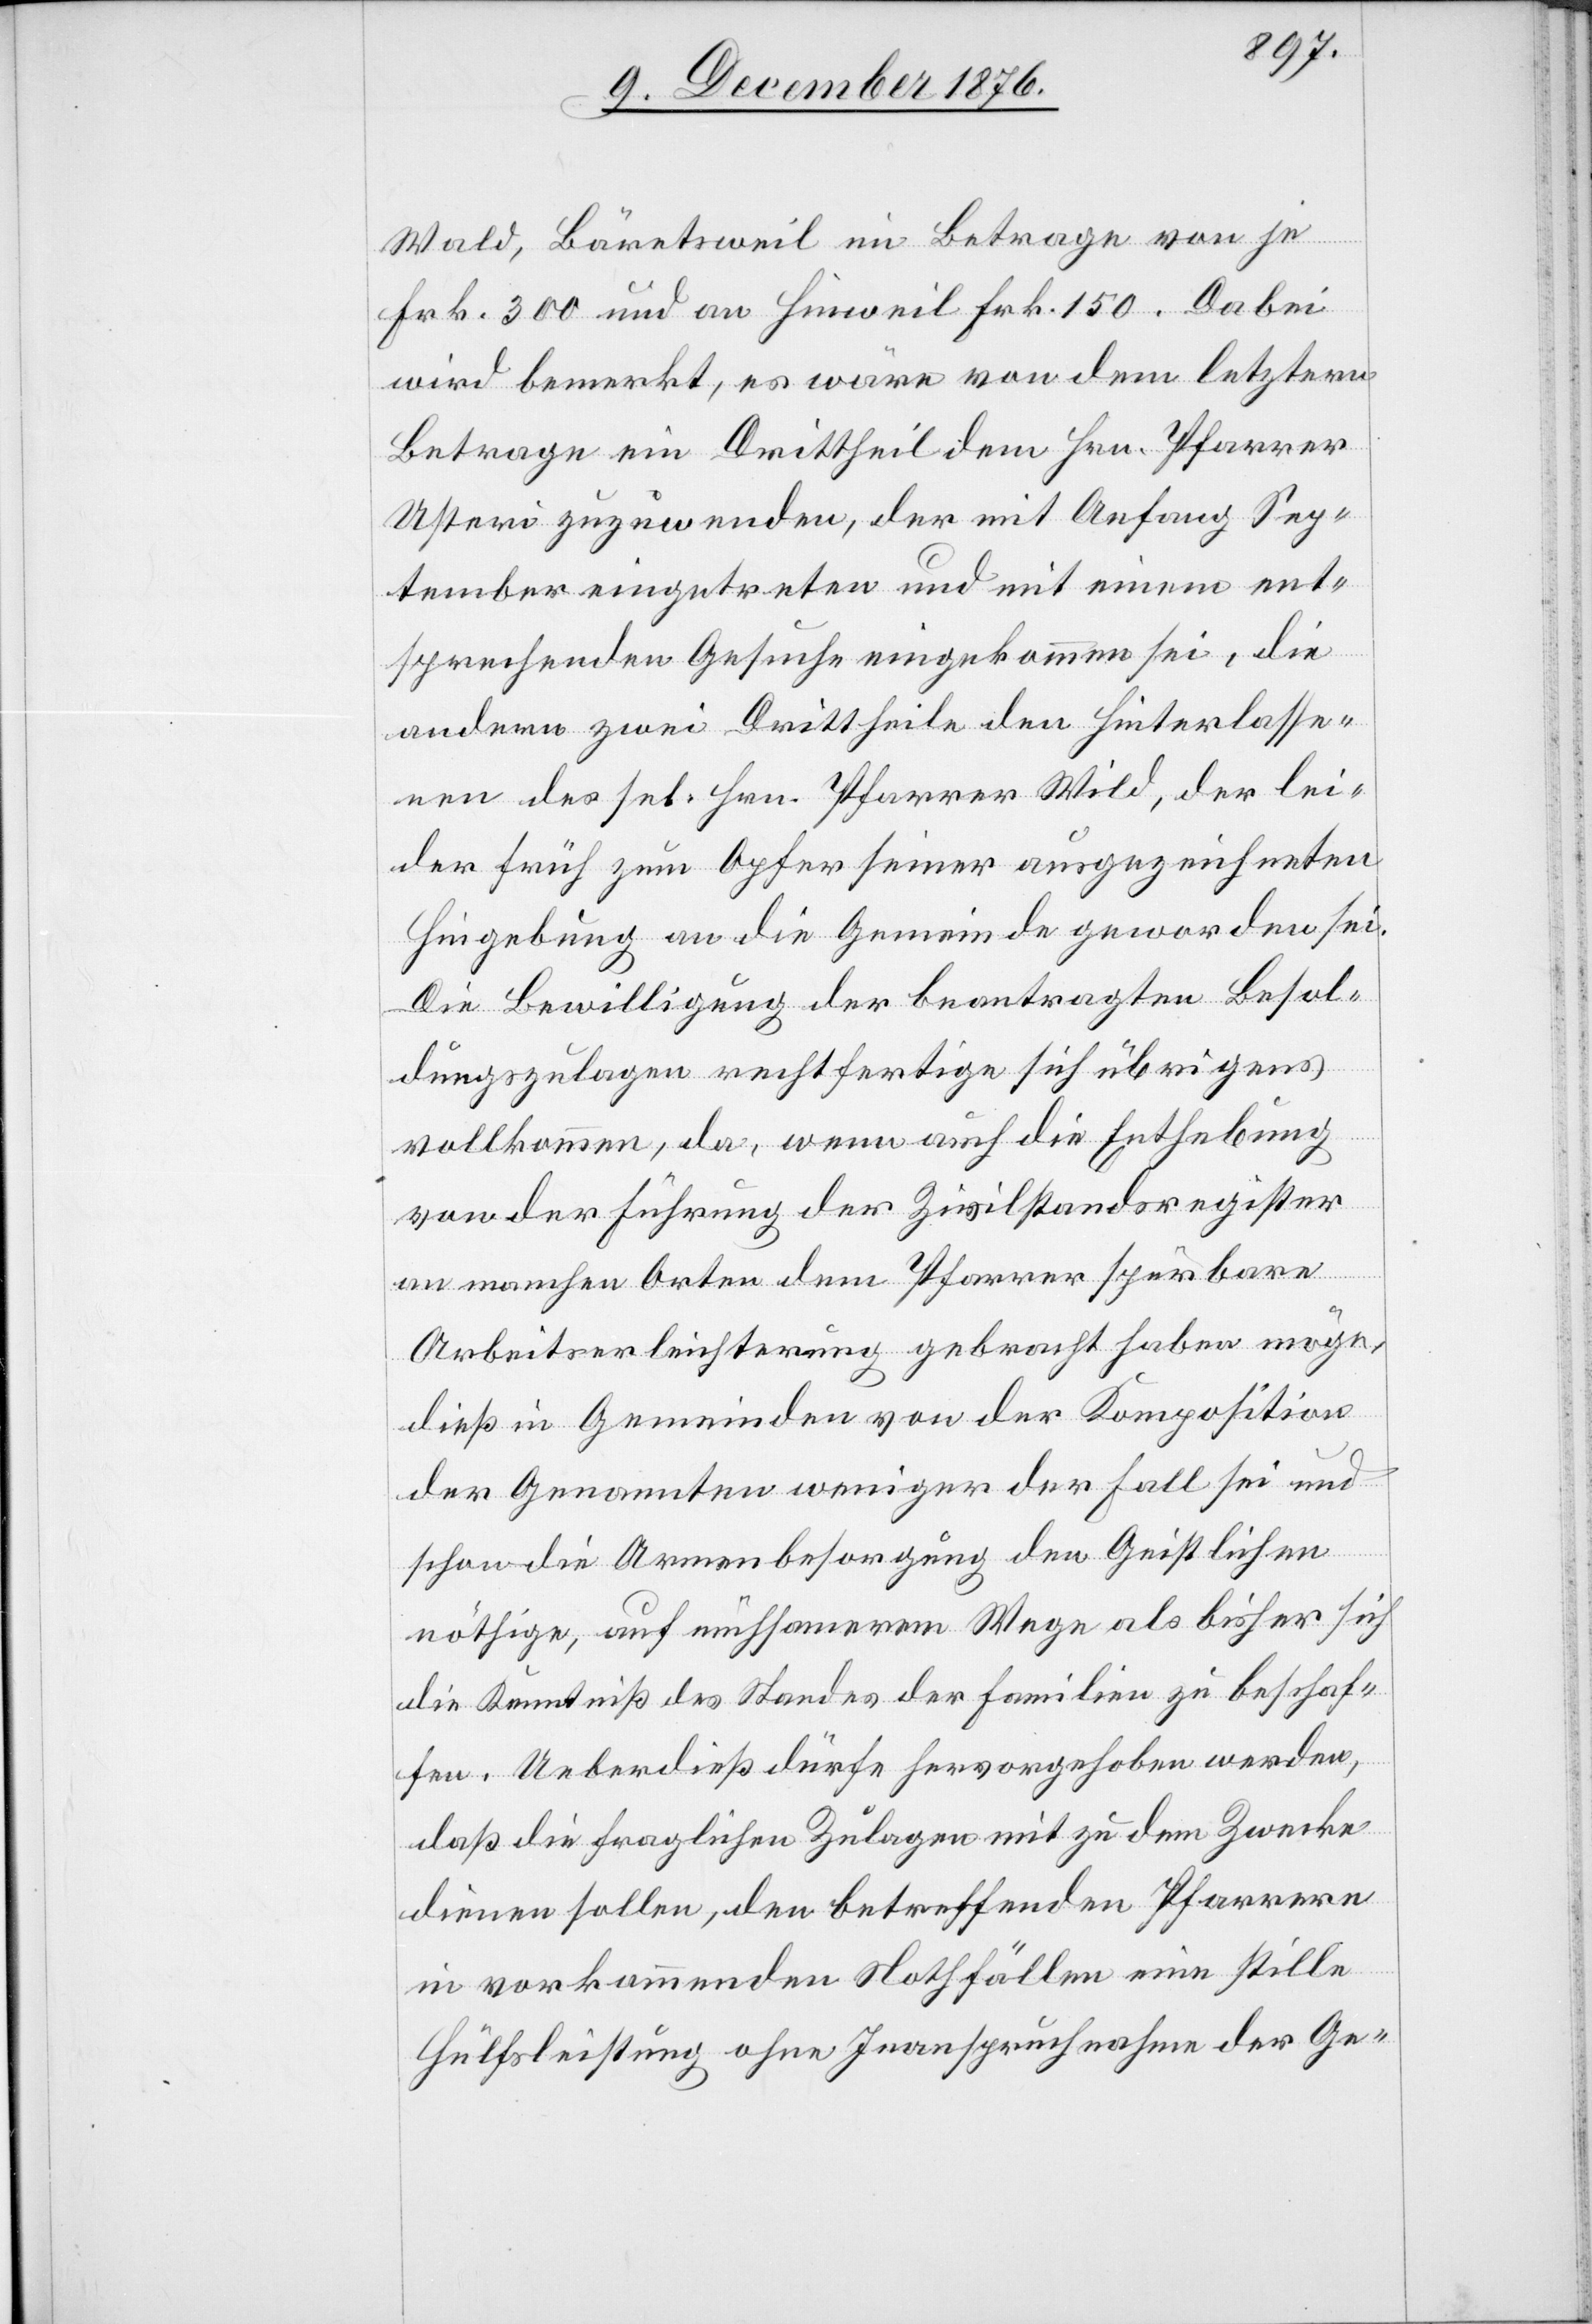
Wald, Bäretsweil im Betrage von je
Frk. 300 und an Hinweil Frk. 150. Dabei
wird bemerkt, es wäre von dem letztern
Betrage ein Drittheil dem Hrn. Pfarrer
Usteri zuzuwenden, der mit Anfang Sep¬
tember einzutreten und mit einem ent¬
sprechenden Gesuche eingekommen sei, die
andern zwei Drittheile den Hinterlasse¬
nen des sel. Hrn. Pfarrer Wild, der lei¬
der früh zum Opfer seiner ausgezeichneten
Hingebung an die Gemeinde geworden sei.
Die Bewilligung der beantragten Besol¬
dungszulagen rechtfertige sich übrigens
vollkommen, da, wenn auch die Enthebung
von der Führung der Zivilstandsregister
an manchen Orten dem Pfarrer spürbare
Arbeitserleichterung gebracht haben möge,
dieß in Gemeinden von der Komposition
der Genannten weniger der Fall sei und
schon die Armenbesorgung den Geistlichen
nöthige, auf mühsamerm Wege als bisher sich
die Kenntniß des Standes der Familien zu beschaf¬
fen. Ueberdieß dürfe hervorgehoben werden,
daß die fraglichen Zulagen mit zu dem Zwecke
dienen sollen, den betreffenden Pfarrern
in vorkommenden Nothfällen eine stille
Hülfeleistung ohne Inanspruchnahme der Ge-